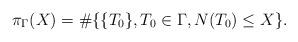
LaTeX: \begin{align*}\pi_{\Gamma}(X)=\# \{\{T_0\}, T_0 \in \Gamma , N(T_0)\leq X\}.\end{align*}